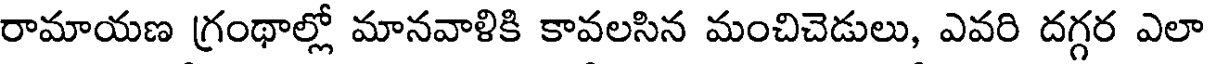
రామాయణ గ్రంథాల్లో మానవాళికి కావలసిన మంచిచెడులు, ఎవరి దగ్గర ఎలా